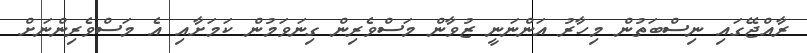
ރާއްޖޭގައި ނިސްބަތުން މިހާރު އަންނަނީ ޒުވާން މަސްވެރިން ގިނަވަމުން ކަމަށާއި އެ މަސްވެރިންނަށް